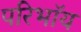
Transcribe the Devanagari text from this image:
परिभाॅय